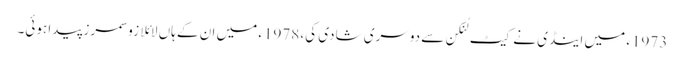
1973ء میں اینڈی نے کیٹ لُنکن سے دوسری شادی کی، 1978ء میں ان کے ہاں لائلا زو سمرز پیدا ہوئی۔